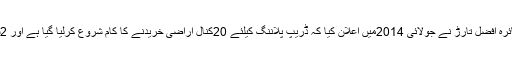
اس تنقید کو ختم کرنے کے لئے وزیر صحت سائرہ افضل تارڑ نے جولائی 2014میں اعلان کیا کہ ڈریپ پلاننگ کیلئے 20کنال اراضی خریدنے کا کام شروع کرلیا گیا ہے اور 2سالوں کے اندر اتھارٹی اپنی عمارت میں ہوگی ۔